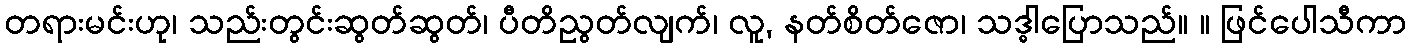
တရားမင်းဟု၊ သည်းတွင်းဆွတ်ဆွတ်၊ ပီတိညွတ်လျက်၊ လူ, နတ်စိတ်ဇော၊ သဒ္ဓါပြောသည်။ ။ ဖြင်ပေါသီကာ